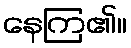
နေကြ၏။